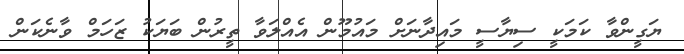
ޔަގީންވާ ކަމަކީ ސިޔާސީ މައިދާނަށް މައުމޫން އެއްލަވާ ތީރުން ބަޔަކު ޒަހަމް ވާނެކަން